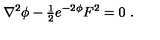
\nabla ^ { 2 } \phi - { \textstyle \frac { 1 } { 2 } } e ^ { - 2 \phi } F ^ { 2 } = 0 \ .